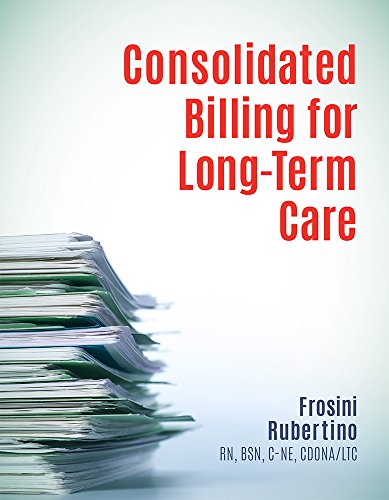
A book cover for Consolidated Billing for Long-Term Care; HCPro a division of BLR; Medical Books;